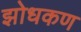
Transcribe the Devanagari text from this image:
झोधकण